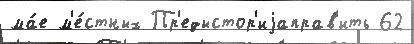
ма́е м'е́стных Пр'едыстор'иjаправ'ить 62